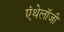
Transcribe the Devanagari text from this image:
एंथेलॉजी